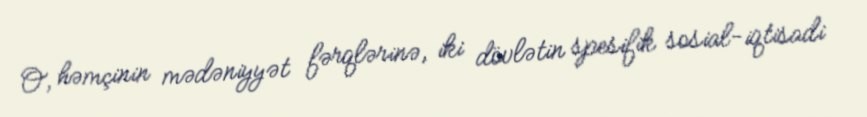
O, həmçinin mədəniyyət fərqlərinə, iki dövlətin spesifik sosial-iqtisadi